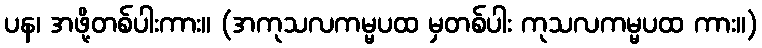
ပန၊ အဖို့တစ်ပါးကား။ (အကုသလကမ္မပထ မှတစ်ပါး ကုသလကမ္မပထ ကား။)